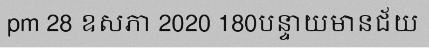
pm 28 ឧសភា 2020 180បន្ទាយមានជ័យ